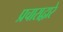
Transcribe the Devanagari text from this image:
प्रचाराद्वारे